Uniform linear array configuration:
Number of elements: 48
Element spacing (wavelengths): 0.5
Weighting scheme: binomial
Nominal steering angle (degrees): -60
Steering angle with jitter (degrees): -61.039
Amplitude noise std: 0.05
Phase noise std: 0.05

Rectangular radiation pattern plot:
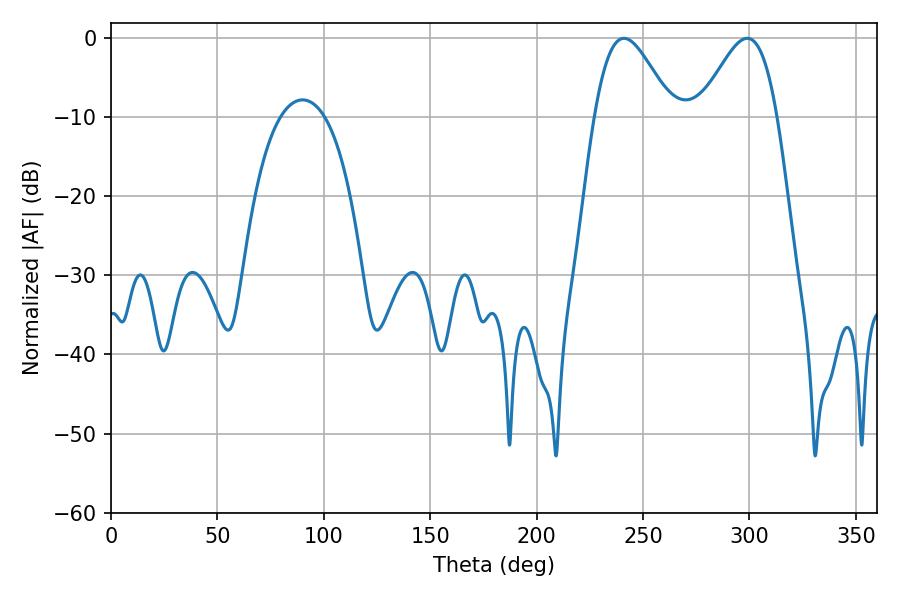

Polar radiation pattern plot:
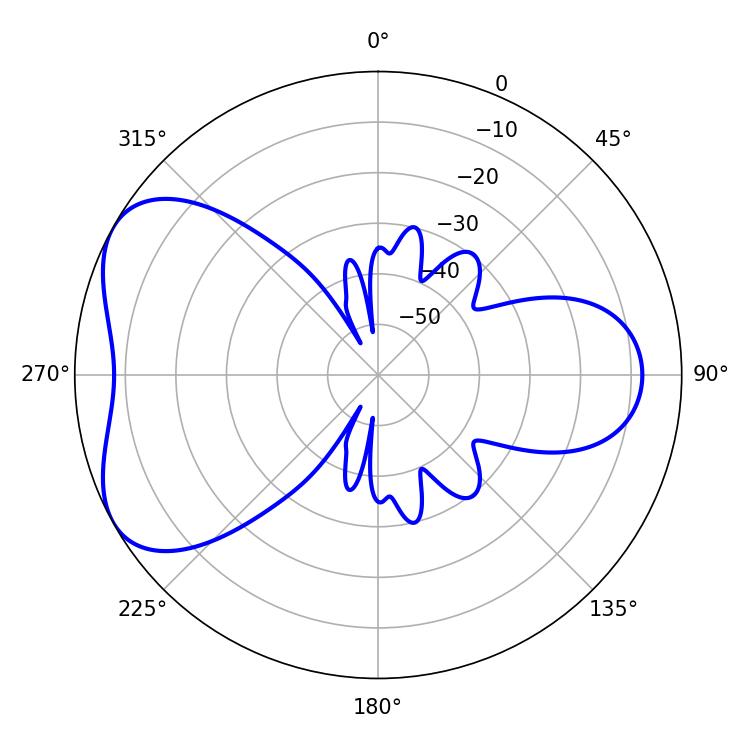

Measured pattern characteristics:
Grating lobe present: FALSE
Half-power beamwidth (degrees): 19.26
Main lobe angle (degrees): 241.02